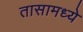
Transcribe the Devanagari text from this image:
तासामध्ये